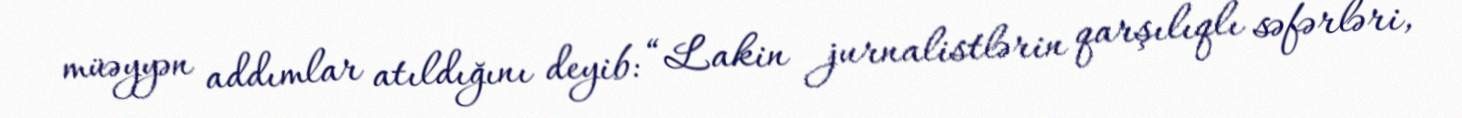
müəyyən addımlar atıldığını deyib: “Lakin jurnalistlərin qarşılıqlı səfərləri,